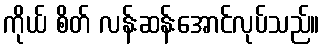
ကိုယ် စိတ် လန်းဆန်းအောင်လုပ်သည်။